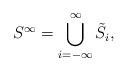
LaTeX: \begin{align*} S^{\infty} = \bigcup_{i = - \infty}^{\infty} \tilde{S}_i,\end{align*}